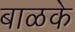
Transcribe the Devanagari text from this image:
बाळके